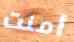
أمنت